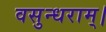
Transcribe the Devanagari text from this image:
वसुन्धराम्।